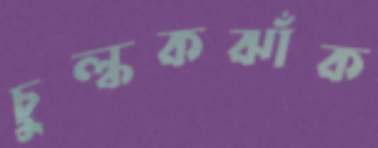
চুল্‌ককঝাঁক